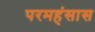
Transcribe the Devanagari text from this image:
परमहंसास